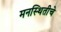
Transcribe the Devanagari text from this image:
मनस्थितीचे